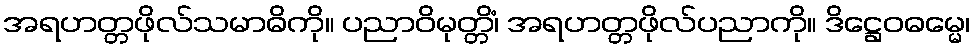
အရဟတ္တဖိုလ်သမာဓိကို။ ပညာဝိမုတ္တိံ၊ အရဟတ္တဖိုလ်ပညာကို။ ဒိဋ္ဌေဝဓမ္မေ၊